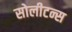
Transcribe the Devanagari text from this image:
सोलीटन्स